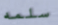
سلمه